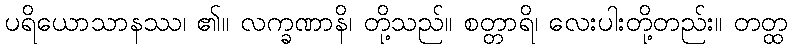
ပရိယောသာနဿ၊ ၏။ လက္ခဏာနိ၊ တို့သည်။ စတ္တာရိ၊ လေးပါးတို့တည်း။ တတ္ထ